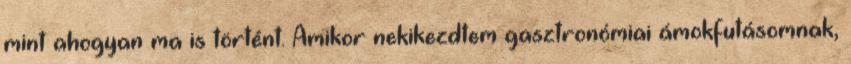
mint ahogyan ma is történt. Amikor nekikezdtem gasztronómiai ámokfutásomnak,